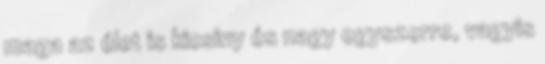
maga az élet is kicsiny és nagy egyszerre, vagyis